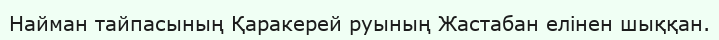
Найман тайпасының Қаракерей руының Жастабан елінен шыққан.